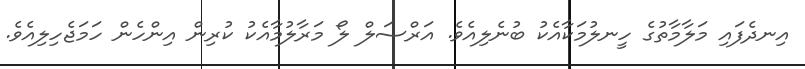
އިނދެފައި މަލާމާތުގެ ހީނލުމަކާއެކު ބުނެލިއެވެ. އަރްސަލް ލޯ މަރާލުމާއެކު ކުރިން އިންހެން ހަމަޖެހިލިއެވެ.